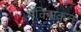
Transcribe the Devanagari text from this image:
मेक्सिकन्